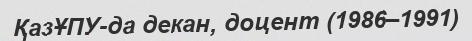
ҚазҰПУ-да декан, доцент (1986–1991)